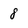
Character: 8